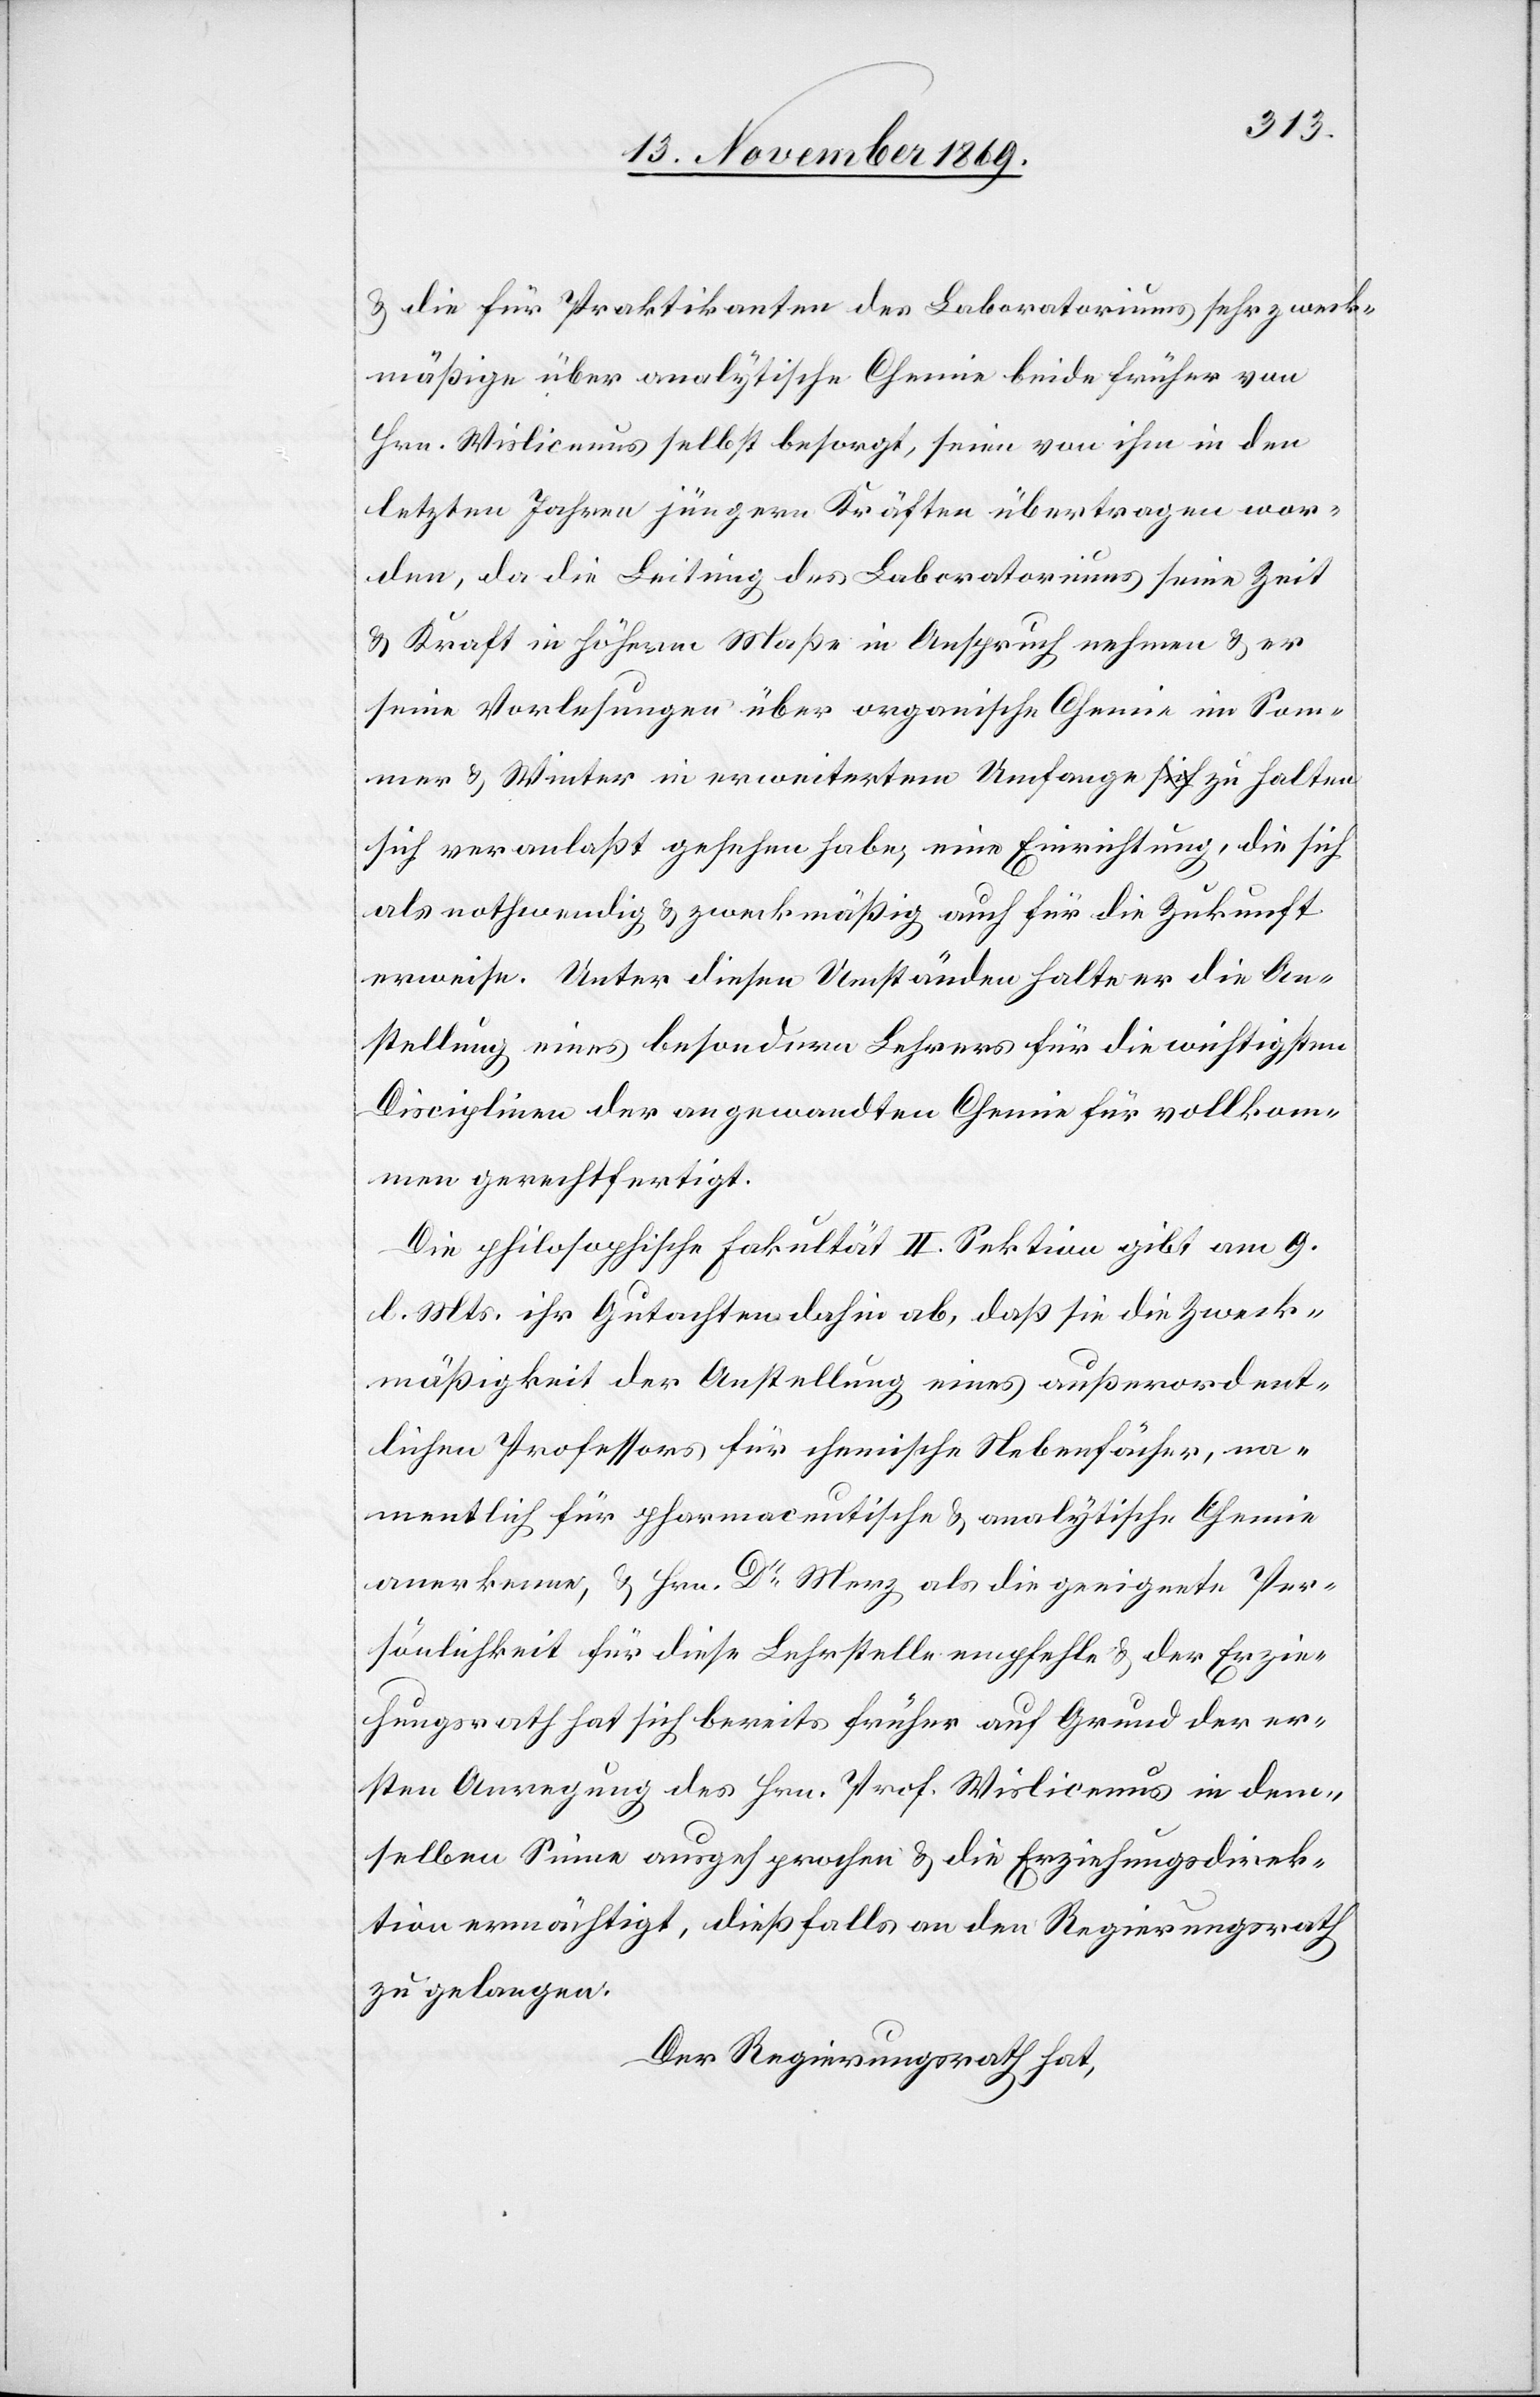
& die für Praktikanten des Laboratoriums sehr zweck¬
mäßige über analytische Chemie beide früher von
Hrn. Wislicenus selbst besorgt, seien von ihm in den
letzten Jahren jüngern Kräften übertragen wor¬
den, da die Leitung des Laboratoriums seine Zeit
& Kraft in höherm Maße in Anspruch nehmen & er
seine Vorlesungen über organische Chemie im Som¬
mer & Winter in erweitertem Umfange zu halten
sich veranlaßt gesehen habe, eine Einrichtung, die sich
als nothwendig & zweckmäßig auch für die Zukunft
erweise. Unter diesen Umständen halte er die An¬
stellung eines besondern Lehrers für die wichtigsten
Disciplinen der angewandten Chemie für vollkom¬
men gerechtfertigt.
Die philosophische Fakultät II. Sektion gibt am 9.
l. Mts. ihr Gutachten dahin ab, daß sie die Zweck¬
mäßigkeit der Anstellung eines außerordent¬
lichen Professors für chemische Nebenfächer, na¬
mentlich für pharmaceutische & analytische Chemie
anerkenne, & Hrn. Dr Merz als die geeignete Per¬
sönlichkeit für diese Lehrstelle empfehle & der Erzie¬
hungsrath hat sich bereits früher auf Grund der er¬
sten Anregung des Hrn. Prof. Wislicenus in dem¬
selben Sinne ausgesprochen & die Erziehungsdirek¬
tion ermächtigt, dießfalls an den Regierungsrath
zu gelangen.
Der Regierungsrath hat,